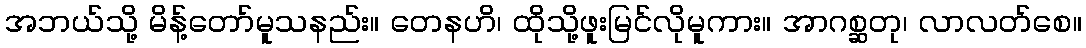
အဘယ်သို့ မိန့်တော်မူသနည်း။ တေနဟိ၊ ထိုသို့ဖူးမြင်လိုမူကား။ အာဂစ္ဆတု၊ လာလတ်စေ။